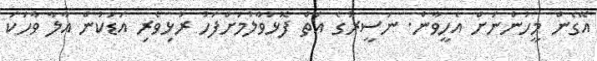
އޭގެން މީހުންނަށް އެހީވާން. ނަސީރުގެ އަތް ފޮޅުވާލުމަށްފަހު ރުޅިވެރި އަޑަކުން އާލާ ވާހަކަ